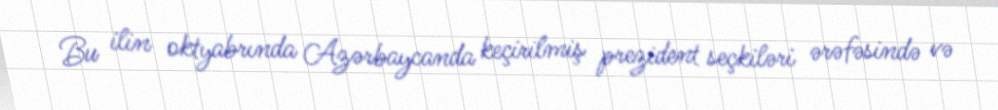
Bu ilin oktyabrında Azərbaycanda keçirilmiş prezident seçkiləri ərəfəsində və